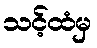
သင့်ထံမှ